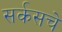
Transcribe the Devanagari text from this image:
सर्कसचे